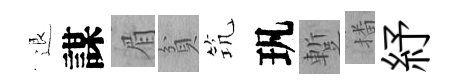
退謀眉貧𥬑㺬蹔播紓